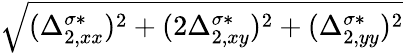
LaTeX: \sqrt{(\Delta_{2,xx}^{\sigma*})^{2}+(2\Delta_{2,xy}^{\sigma*})^{2}+(\Delta_{2,yy}^{\sigma*})^{2}}